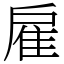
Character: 雇